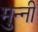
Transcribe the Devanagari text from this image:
मुन्‍नी